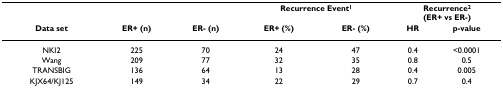
|  |  |  | <COLSPAN=2> Recurrence Event1 | <COLSPAN=2> Recurrence2(ER+ vs ER-) |
 | Data set | ER+ (n) | ER- (n) | ER+ (%) | ER- (%) | HR | p-value |
 | --- | --- | --- | --- | --- | --- | --- |
 | NKI2 | 225 | 70 | 24 | 47 | 0.4 | <0.0001 |
 | Wang | 209 | 77 | 32 | 35 | 0.8 | 0.5 |
 | TRANSBIG | 136 | 64 | 13 | 28 | 0.4 | 0.005 |
 | KJX64/KJ125 | 149 | 34 | 22 | 29 | 0.7 | 0.4 |